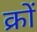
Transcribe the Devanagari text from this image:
क्रों